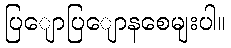
ပြျောပြျောနစေမျးပါ။